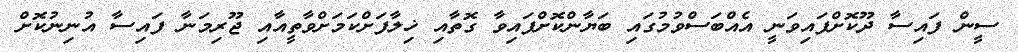
ސީން ފައިސާ ދޫކޮށްފައިވަނީ އެއްބަސްވުމުގައި ބަޔާންކޮށްފައިވާ ގޮތާއި ޚިލާފަށްކަމަށްވާތީއާއި ޖޫރިމަނާ ފައިސާ އުނިނުކޮށް